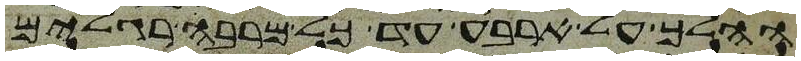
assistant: ההלך על ארבע עד כל מרבה רגלים